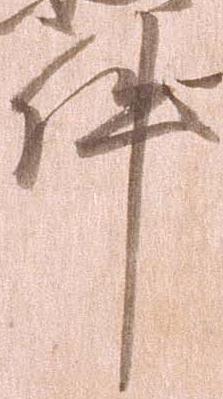
件